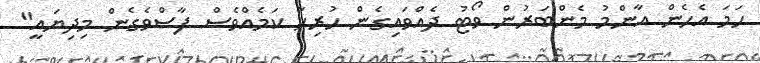
ހަމަ އެހެން އާންމު މެންބަރުން ވޯޓު ދެއްވައިގެން ހުރިހާ ކަމެއްވެސް ފާސްވެގެން މިދިޔައީ"